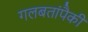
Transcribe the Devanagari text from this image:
गलबतांपैकी